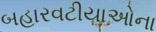
બહારવટીયાઓના